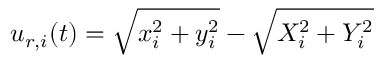
u _ { r , i } ( t ) = \sqrt { x _ { i } ^ { 2 } + y _ { i } ^ { 2 } } - \sqrt { X _ { i } ^ { 2 } + Y _ { i } ^ { 2 } }